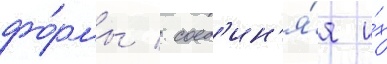
фо́рмы / соед'ин'я́я и́х